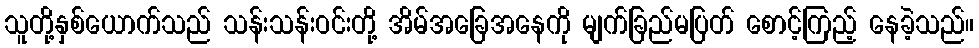
သူတို့နှစ်ယောက်သည် သန်းသန်းဝင်းတို့ အိမ်အခြေအနေကို မျက်ခြည်မပြတ် စောင့်ကြည့် နေခဲ့သည်။